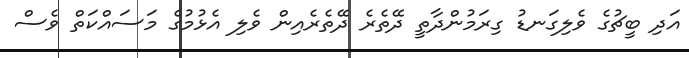
އަދި ބީޗުގެ ވެލިގަނޑު ގިރަމުންދާތީ ދޭތެރެ ދޭތެރެއިން ވެލި އެޅުމުގެ މަސައްކަތް ވެސް